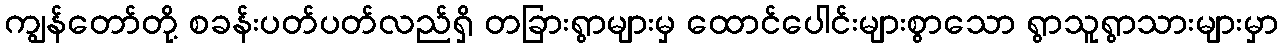
ကျွန်တော်တို့ စခန်းပတ်ပတ်လည်ရှိ တခြားရွာများမှ ထောင်ပေါင်းများစွာသော ရွာသူရွာသားများမှာ